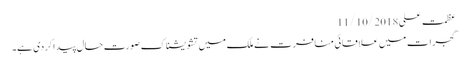
عظمت علی 11/10/2018
گجرات میں علاقائی منافرت نے ملک میں تشویشناک صورت حال پیدا کردی ہے۔